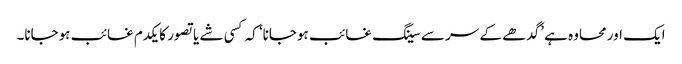
ایک اور محاوہ ہے ’گدھے کے سر سے سینگ غائب ہوجانا‘ کہ کسی شے یا تصور کا یکدم غائب ہوجانا۔